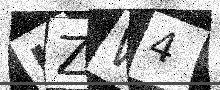
Text: IZW4